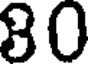
80